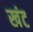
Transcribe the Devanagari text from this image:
खंट